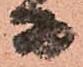
而